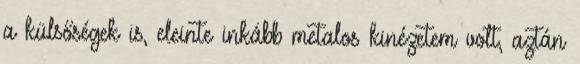
a külsőségek is, eleinte inkább metalos kinézetem volt, aztán